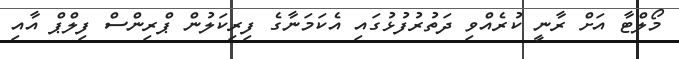
މޯލްޓާ އަށް ރާނީ ކުރެއްވި ދަތުރުފުޅުގައި އެކަމަނާގެ ފިރިކަލުން ޕްރިންސް ފިލްޕް އާއި